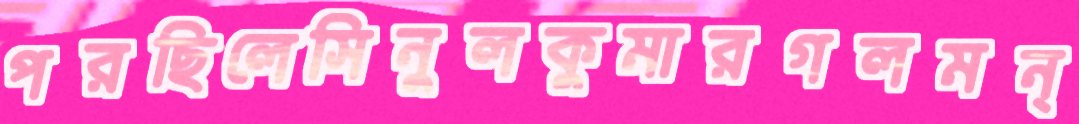
পরছিলেসিনুলকুমারগলমন্